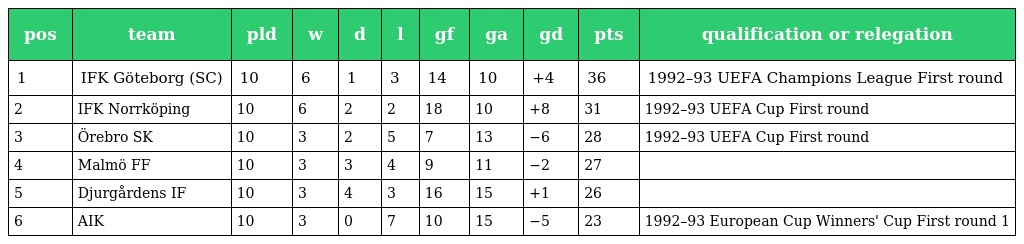
| pos | team | pld | w | d | l | gf | ga | gd | pts | qualification or relegation |
 | --- | --- | --- | --- | --- | --- | --- | --- | --- | --- | --- |
 | 1 | IFK Göteborg (SC) | 10 | 6 | 1 | 3 | 14 | 10 | +4 | 36 | 1992–93 UEFA Champions League First round |
 | 2 | IFK Norrköping | 10 | 6 | 2 | 2 | 18 | 10 | +8 | 31 | 1992–93 UEFA Cup First round |
 | 3 | Örebro SK | 10 | 3 | 2 | 5 | 7 | 13 | −6 | 28 | 1992–93 UEFA Cup First round |
 | 4 | Malmö FF | 10 | 3 | 3 | 4 | 9 | 11 | −2 | 27 |  |
 | 5 | Djurgårdens IF | 10 | 3 | 4 | 3 | 16 | 15 | +1 | 26 |  |
 | 6 | AIK | 10 | 3 | 0 | 7 | 10 | 15 | −5 | 23 | 1992–93 European Cup Winners' Cup First round 1 |